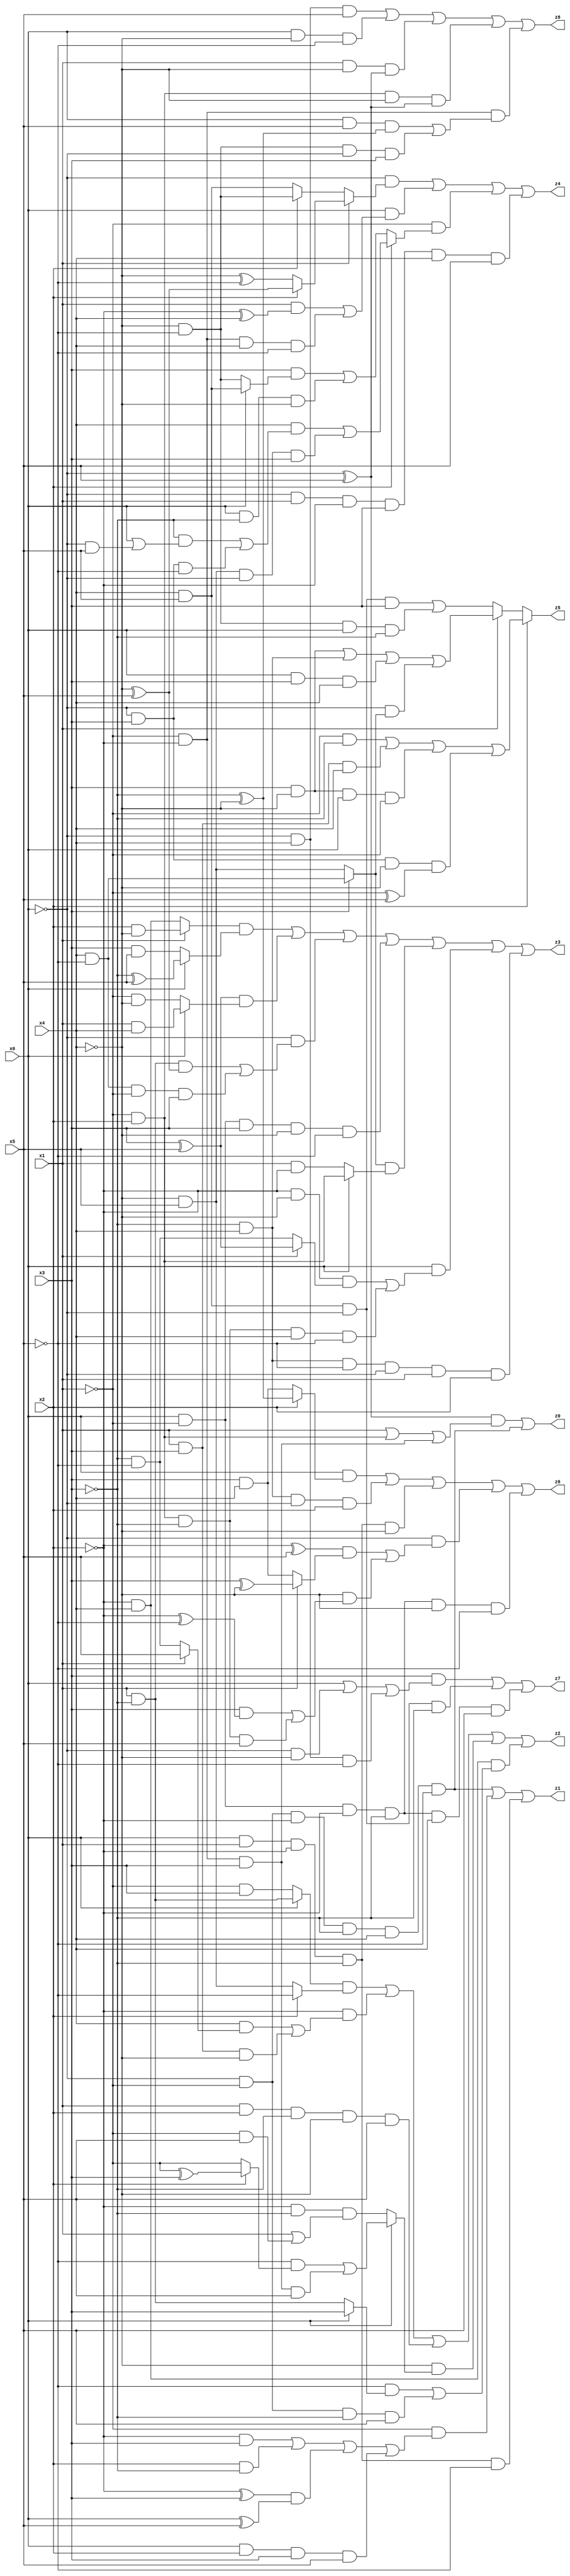
// Benchmark "X_45" written by ABC on Tue Jun 06 22:25:46 2023

module X_45 ( 
    x0, x1, x2, x3, x4, x5,
    z0, z1, z2, z3, z4, z5, z6, z7, z8  );
  input  x0, x1, x2, x3, x4, x5;
  output z0, z1, z2, z3, z4, z5, z6, z7, z8;
  assign z0 = ((~x0 ^ x5) & (x1 | (~x1 & x2) | (~x1 & ~x2 & x3))) | (~x0 & ~x1 & ~x2 & ~x3 & x4 & ~x5);
  assign z1 = (~x0 & ~x1 & ~x2 & ~x3 & x4 & ~x5) | (~x1 & ((~x2 & x3) | (x2 & ~x3) | ((~x2 ^ x3) & (x0 ^ x5)) | (x0 & x2 & x3 & x5))) | (x0 & x1 & ~x2 & ~x3 & ~x5);
  assign z2 = ((x0 ? (x1 & ~x3) : (~x1 & x3)) & (x2 ? ~x5 : (~x4 & x5))) | (~x2 & ((x4 & (x1 ? x5 : (~x3 & ~x5))) | (x1 & x3 & ~x4))) | (x1 & x2 & ~x3 & ~x4 & x5) | (~x4 & (x0 ? ((~x5 & (x2 ? (~x1 ^ x3) : ~x1)) | (~x1 & ~x2 & x3 & x5)) : (~x2 & ~x3 & (x1 | (~x1 & x5))))) | (~x2 & x4 & ((~x5 & (x0 ? x3 : (x1 & ~x3))) | (~x0 & ~x1 & ~x3 & x5)));
  assign z3 = ((x1 ? (x2 & ~x4) : (~x2 & x4)) & (x0 ? (~x3 ^ x5) : (x3 & x5))) | ((x3 ^ x5) & (x0 ? (x1 & x4) : (~x1 & ~x4))) | (~x0 & ((x1 & ~x3 & (~x4 ^ x5)) | (x4 & ~x5 & ~x1 & x3))) | (x0 & ~x1 & x3 & ~x4 & ~x5) | ((x3 ? (x4 & ~x5) : (~x4 & x5)) & (x0 ? (~x1 & x2) : (x1 & ~x2))) | (x0 & ((~x2 & ~x4 & (x1 ? (x3 ^ x5) : (~x3 & ~x5))) | (~x1 & x2 & ~x3 & x4 & ~x5))) | (~x3 & x4 & ~x5 & ~x0 & x1 & x2);
  assign z4 = (~x0 & (x1 ? (x2 ? (~x4 ^ x5) : (~x4 ^ ~x5)) : (x2 ? (~x4 & ~x5) : (x4 & x5)))) | (x0 & ((x1 & (~x2 ^ x4)) | (~x1 & ~x2 & x4 & ~x5))) | (~x1 & (x2 ? ((x4 & ((~x3 & (x0 | (~x0 & x5))) | (~x0 & x3 & ~x5))) | (~x4 & x5 & ~x0 & x3)) : ((x3 & (x0 ? (x4 & x5) : (~x4 & ~x5))) | (x0 & ~x3 & ~x4)))) | (~x0 & x1 & ~x2 & x3 & x4 & x5);
  assign z5 = x2 ? ((~x1 & ~x3) | (x1 & x3 & x4) | (x3 & ~x4 & x0 & ~x1) | (~x0 & x3 & ~x4 & (~x1 ^ x5))) : (x1 ? ((x3 & ~x4) | (~x3 & x4) | (x0 & x3 & x4) | (~x0 & (x3 ? (x4 & ~x5) : (~x4 & x5)))) : ((x4 & x5 & ~x0 & x3) | (~x4 & ~x5 & x0 & ~x3)));
  assign z6 = (x0 & (x2 ? (~x3 ^ ~x4) : (x3 & x4))) | (~x3 & x4 & ~x0 & x2) | (x0 & x1 & ~x2 & ~x3 & ~x4) | (~x0 & (((~x2 ^ x5) & (x1 ? (x3 ^ ~x4) : (x3 & x4))) | (~x4 & ((x3 & (~x2 ^ ~x5)) | (~x1 & x2 & ~x3 & x5))))) | (x0 & ~x1 & ~x2 & ~x3 & ~x4 & ~x5);
  assign z7 = (x3 & (x0 | (~x0 & ~x4) | (~x0 & x4 & ~x5))) | (x4 & x5 & ~x0 & ~x3) | (x0 & ~x1 & ~x2 & ~x3 & x4 & x5);
  assign z8 = (~x0 & x4 & x5) | (x0 & ~x4 & ~x5) | (x1 & ~x4 & (~x0 ^ x5)) | (~x1 & x2 & ~x4 & (~x0 ^ x5)) | (~x1 & ~x2 & ((x0 & x5 & (~x3 ^ ~x4)) | (~x4 & ~x5 & ~x0 & x3)));
endmodule